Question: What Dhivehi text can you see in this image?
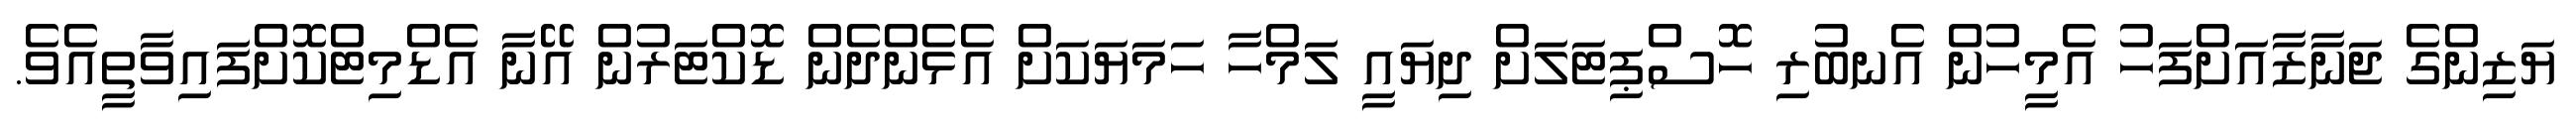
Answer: ޔަޒިންގެ ޖަނާޒާއަށްފަހު އެމީހުން އެނބުރި ހޮސްޕިޓަލަށް ދިޔައީ ލަމްހާ ހަމަޔަކަށް އެޅެންދެން ޑޮކްޓަރުން އޭނާ އެޑްމިޓްކޮށްފައިވާތީއެވެ.